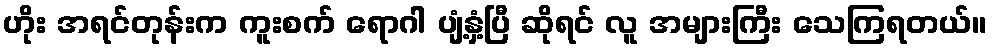
ဟိုး အရင်တုန်းက ကူးစက် ရောဂါ ပျံ့နှံ့ပြီ ဆိုရင် လူ အများကြီး သေကြရတယ်။